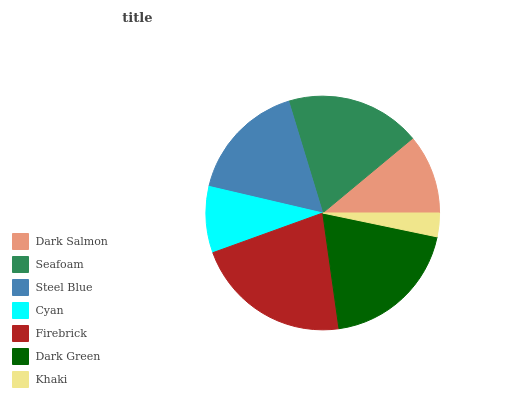
| Dark Salmon | Seafoam | Steel Blue | Cyan | Firebrick | Dark Green | Khaki |
 | --- | --- | --- | --- | --- | --- | --- |
 | 11% | 18.6% | 16.7% | 9.16% | 21.6% | 19.6% | 3.28% |